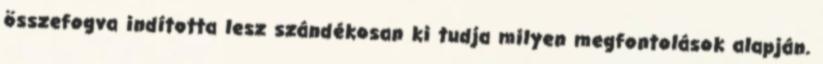
összefogva indította lesz szándékosan ki tudja milyen megfontolások alapján.